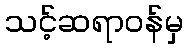
သင့်ဆရာဝန်မှ